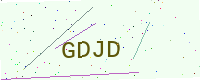
Text: GDJD